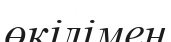
өкілімен